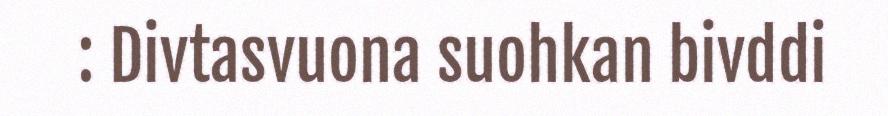
: Divtasvuona suohkan bivddi